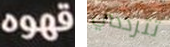
قهوه تترددي